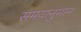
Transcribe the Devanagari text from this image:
समयानुमान